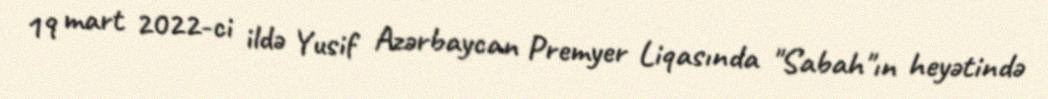
19 mart 2022-ci ildə Yusif Azərbaycan Premyer Liqasında "Sabah"ın heyətində